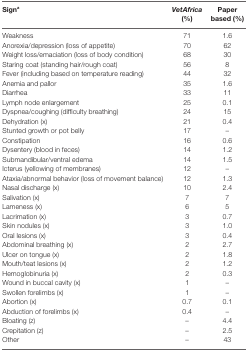
<table><thead><tr><td><b>Sign<sup>a</sup></b></td><td><b><i>VetAfrica</i> (%)</b></td><td><b>Paper based (%)</b></td></tr></thead><tbody><tr><td>Weakness</td><td>71</td><td>1.6</td></tr><tr><td>Anorexia/depression (loss of appetite)</td><td>70</td><td>62</td></tr><tr><td>Weight loss/emaciation (loss of body condition)</td><td>68</td><td>30</td></tr><tr><td>Staring coat (standing hair/rough coat)</td><td>56</td><td>8</td></tr><tr><td>Fever (including based on temperature reading)</td><td>44</td><td>32</td></tr><tr><td>Anemia and pallor</td><td>35</td><td>1.6</td></tr><tr><td>Diarrhea</td><td>33</td><td>11</td></tr><tr><td>Lymph node enlargement</td><td>25</td><td>0.1</td></tr><tr><td>Dyspnea/coughing (difficulty breathing)</td><td>24</td><td>15</td></tr><tr><td>Dehydration (x)</td><td>21</td><td>0.4</td></tr><tr><td>Stunted growth or pot belly</td><td>17</td><td>–</td></tr><tr><td>Constipation</td><td>16</td><td>0.6</td></tr><tr><td>Dysentery (blood in feces)</td><td>14</td><td>1.2</td></tr><tr><td>Submandibular/ventral edema</td><td>14</td><td>1.5</td></tr><tr><td>Icterus (yellowing of membranes)</td><td>12</td><td>–</td></tr><tr><td>Ataxia/abnormal behavior (loss of movement balance)</td><td>12</td><td>1.3</td></tr><tr><td>Nasal discharge (x)</td><td>10</td><td>2.4</td></tr><tr><td>Salivation (x)</td><td>7</td><td>7</td></tr><tr><td>Lameness (x)</td><td>6</td><td>5</td></tr><tr><td>Lacrimation (x)</td><td>3</td><td>0.7</td></tr><tr><td>Skin nodules (x)</td><td>3</td><td>1.0</td></tr><tr><td>Oral lesions (x)</td><td>3</td><td>0.4</td></tr><tr><td>Abdominal breathing (x)</td><td>2</td><td>2.7</td></tr><tr><td>Ulcer on tongue (x)</td><td>2</td><td>1.8</td></tr><tr><td>Mouth/teat lesions (x)</td><td>2</td><td>1.2</td></tr><tr><td>Hemoglobinuria (x)</td><td>2</td><td>0.3</td></tr><tr><td>Wound in buccal cavity (x)</td><td>1</td><td>–</td></tr><tr><td>Swollen forelimbs (x)</td><td>1</td><td>–</td></tr><tr><td>Abortion (x)</td><td>0.7</td><td>0.1</td></tr><tr><td>Abduction of forelimbs (x)</td><td>0.4</td><td>–</td></tr><tr><td>Bloating (z)</td><td>–</td><td>4.4</td></tr><tr><td>Crepitation (z)</td><td>–</td><td>2.5</td></tr><tr><td>Other</td><td>–</td><td>43</td></tr></tbody></table>